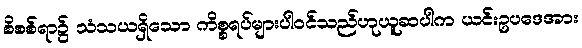
စိစစ်ရာ၌ သံသယရှိသော ကိစ္စရပ်များပါဝင်သည်ဟုယူဆပါက ယင်းဥပဒေအား